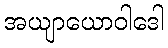
အယျာယောဝါဒေါ